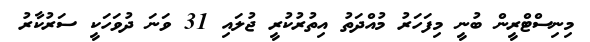
މިނިސްޓްރީން ބުނީ މިފަހަރު މުއްދަތު އިތުރުކުރީ ޖުލައި 31 ވަނަ ދުވަހަކީ ސަރުކާރު